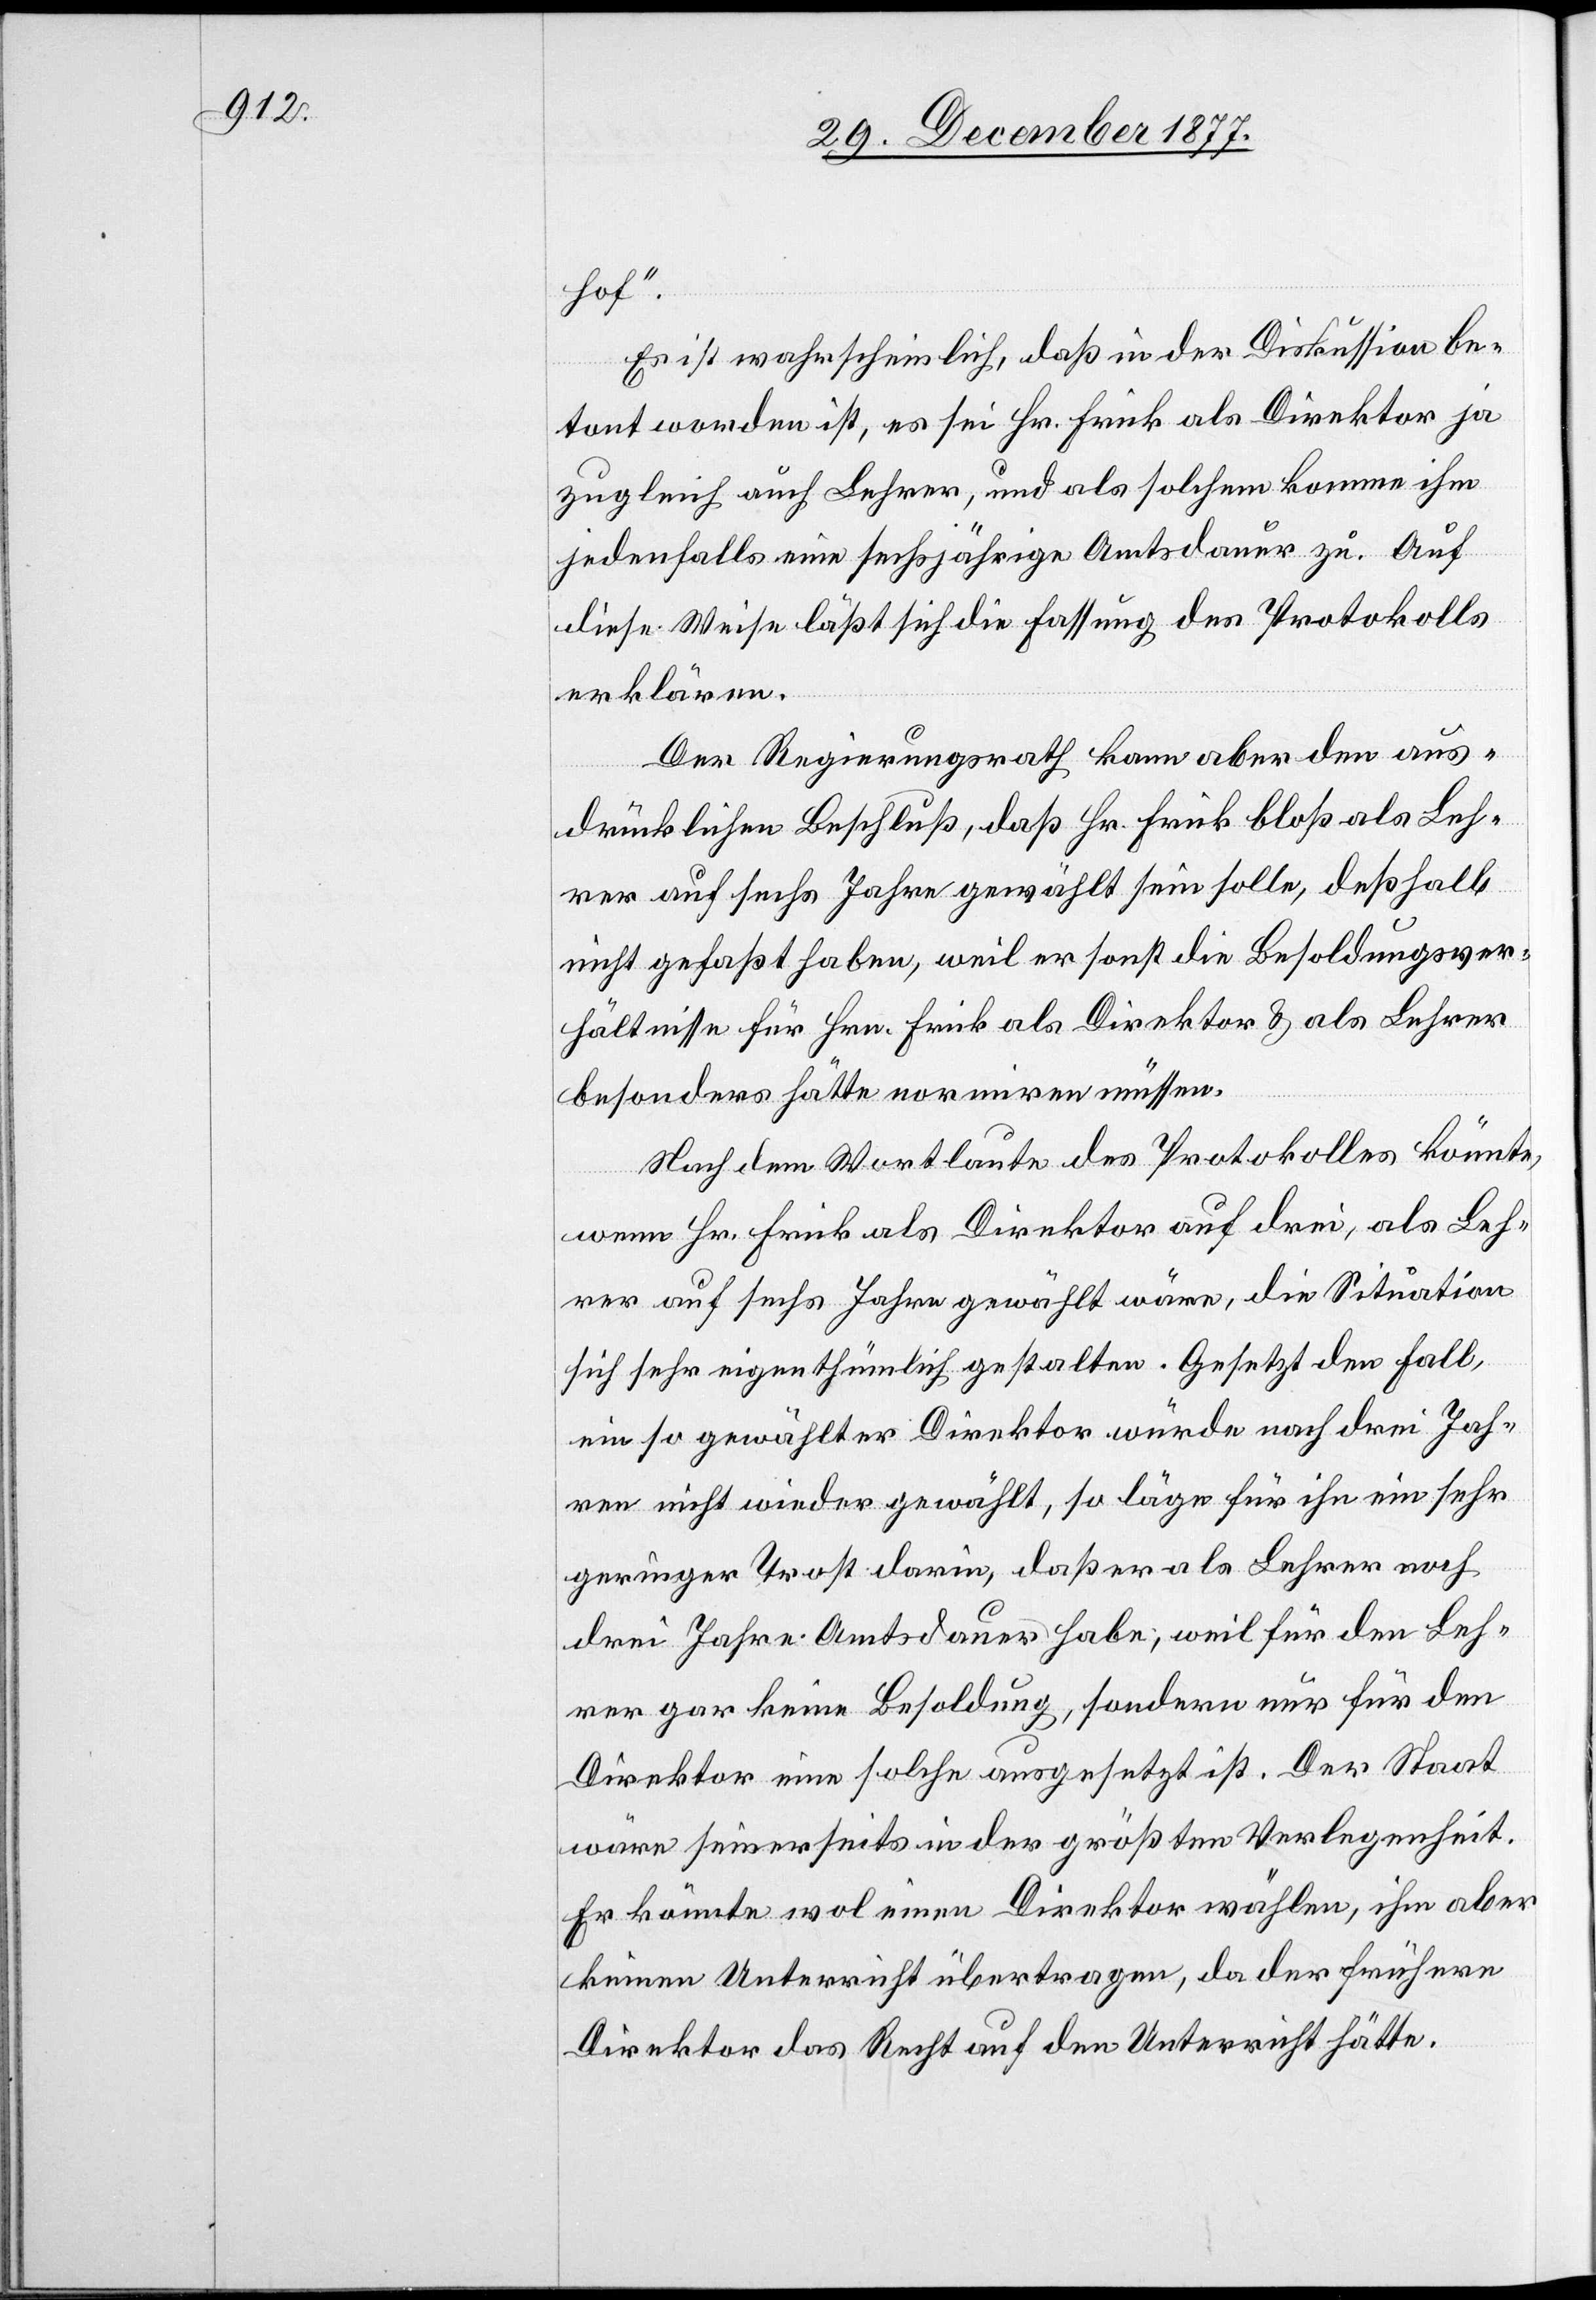
hof.“
Es ist wahrscheinlich, daß in der Diskussion be¬
tont worden ist, es sei Hr. Frick als Direktor ja
zugleich auch Lehrer, und als solchem komme ihm
jedenfalls eine sechsjährige Amtsdauer zu. Auf
diese Weise läßt sich die Fassung des Protokolls
erklären.
Der Regierungsrath kann aber den aus¬
drücklichen Beschluß, daß Hr. Frick bloß als Leh¬
rer auf sechs Jahre gewählt sein solle, deßhalb
nicht gefaßt haben, weil er sonst die Besoldungsver¬
hältnisse für Hrn. Frick als Direktor & als Lehrer
besonders hätte normiren müssen.
Nach dem Wortlaute des Protokolles konnte,
wenn Hr. Frick als Direktor auf drei, als Leh¬
rer auf sechs Jahre gewählt wäre, die Situation
sich sehr eigenthümlich gestalten. Gesetzt den Fall,
ein so gewählter Direktor würde nach drei Jah¬
ren nicht wieder gewählt, so läge für ihn ein sehr
geringer Trost darin, daß er als Lehrer noch
drei Jahre Amtsdauer habe, weil für den Leh¬
rer gar keine Besoldung, sondern nur für den
Direktor eine solche ausgesetzt ist. Der Staat
wäre seinerseits in der größten Verlegenheit.
Er könnte wol einen Direktor wählen, ihm aber
keinen Unterricht übertragen, da der frühere
Direktor das Recht auf den Unterricht hätte.